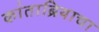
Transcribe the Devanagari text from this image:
कांताब्रियाचा